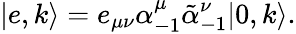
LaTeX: |e,k\rangle=e_{\mu\nu}\alpha_{-1}^{\mu}\tilde{\alpha}_{-1}^{\nu}|0,k\rangle.